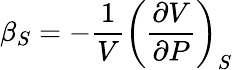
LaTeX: \beta_{S}=-{\frac{1}{V}}\left({\frac{\partial V}{\partial P}}\right)_{S}